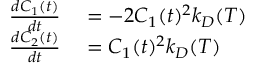
\begin{array} { r l } { \frac { d C _ { 1 } ( t ) } { d t } } & { { } = - 2 C _ { 1 } ( t ) ^ { 2 } k _ { D } ( T ) } \\ { \frac { d C _ { 2 } ( t ) } { d t } } & { { } = C _ { 1 } ( t ) ^ { 2 } k _ { D } ( T ) } \end{array}